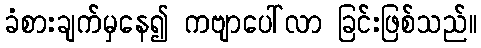
ခံစားချက်မှနေ၍ ကဗျာပေါ်လာ ခြင်းဖြစ်သည်။